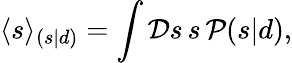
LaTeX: \langle s\rangle_{(s|d)}=\int{\mathcal{D}}s\, s\, {\mathcal{P}}(s|d),